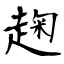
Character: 趜